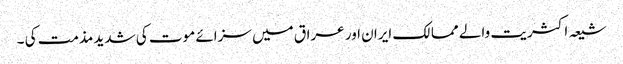
شیعہ اکثریت والے ممالک ایران اور عراق میں سزائے موت کی شدید مذمت کی ۔